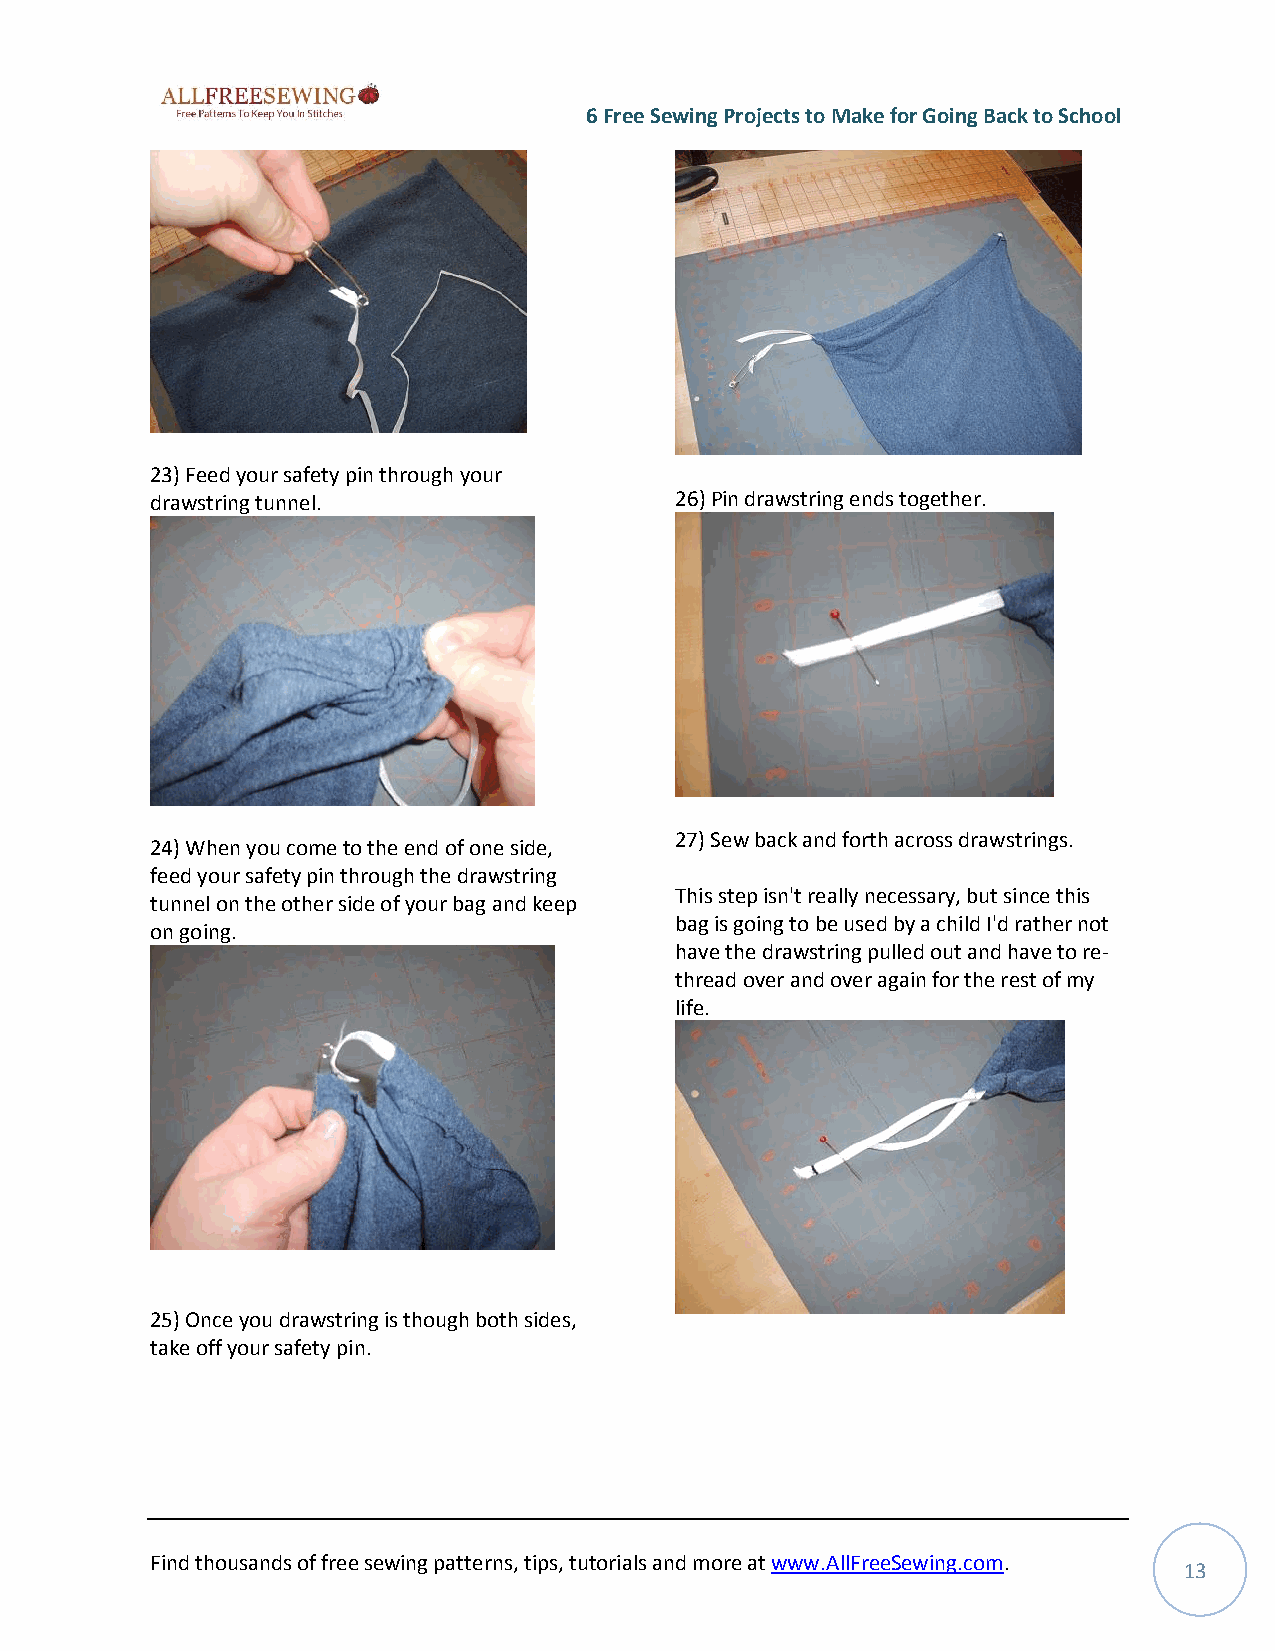
6 Free Sewing Projects to Make for Going Back to School
 23) Feed your safety pin through your
 drawstring tunnel.                 26) Pin drawstring ends together.
 27) Sew back and forth across drawstrings.
 24) When you come to the end of one side,
 feed your safety pin through the drawstring
 This step isn't really necessary, but since this
 tunnel on the other side of your bag and keep
 bag is going to be used by a child I'd rather not
 on going.
 have the drawstring pulled out and have to re-
 thread over and over again for the rest of my
 life.
 25) Once you drawstring is though both sides,
 take off your safety pin.
 Find thousands of free sewing patterns, tips, tutorials and more at www.AllFreeSewing.com.
 13